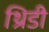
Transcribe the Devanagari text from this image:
थ्रिडी